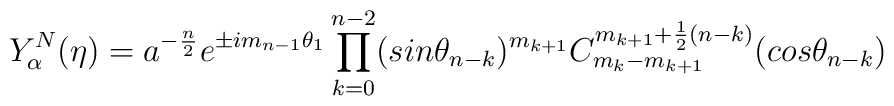
Y_{\alpha}^N(\eta) = a^{-\frac{n}{2}}e^{\pm im_{n-1}\theta_1}\prod_{k=0}^{n-2}(sin{\theta_{n-k}})^{m_{k+1}}C_{m_k-m_{k+1}}^{m_{k+1}+\frac{1}{2}(n-k)}(cos{\theta_{n-k}})